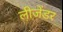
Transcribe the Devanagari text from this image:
लीजेंडर